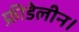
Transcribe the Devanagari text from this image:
फ्रीडेलीन।